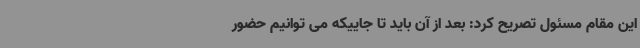
این مقام مسئول تصریح کرد: بعد از آن باید تا جاییکه می توانیم حضور